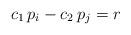
LaTeX: \begin{align*}c_1 \, p_i - c_2 \, p_j = r\end{align*}